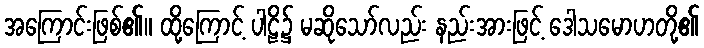
အကြောင်းဖြစ်၏။ ထို့ကြောင့် ပါဠိ၌ မဆိုသော်လည်း နည်းအားဖြင့် ဒေါသမောဟတို့၏